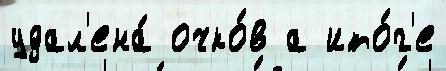
удал'ена́ очко́в а ито́г'е